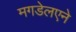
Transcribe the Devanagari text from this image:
मगडेलएने